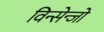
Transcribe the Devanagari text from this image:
विन्सेन्जो